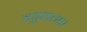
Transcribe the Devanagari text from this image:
मधुशाला।।